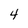
Character: 4